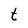
Character: t